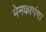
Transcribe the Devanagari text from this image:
मेनकागंगा